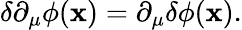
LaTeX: \delta\partial_{\mu}\phi(\mathbf{x})=\partial_{\mu}\delta\phi(\mathbf{x}).